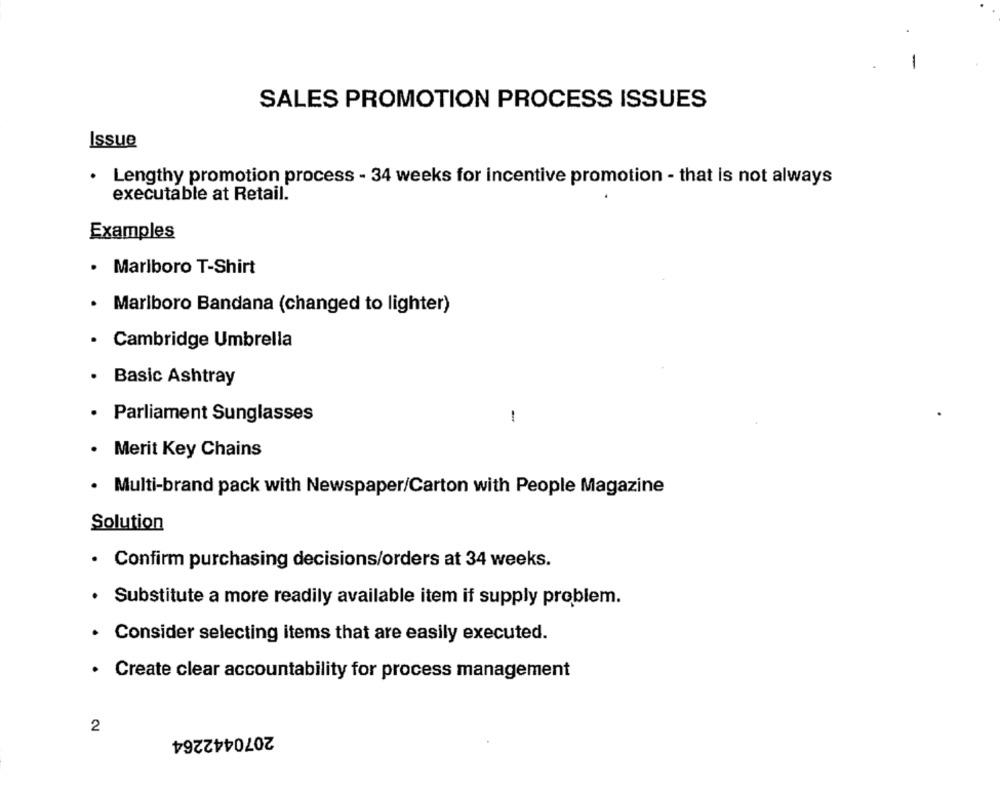
-
SALES PROMOTION PROCESS ISSUES
Issue
Lengthy promotion process - 34 weeks for incentive promotion - that is not always
executable at Retail.
Examples
Marlboro T-Shirt
Marlboro Bandana (changed to lighter)
Cambridge Umbrella
Basic Ashtray
· Parliament Sunglasses
1
Merit Key Chains
· Multi-brand pack with Newspaper/Carton with People Magazine
Solution
· Confirm purchasing decisions/orders at 34 weeks.
· Substitute a more readily available item if supply problem.
. Consider selecting items that are easily executed.
· Create clear accountability for process management
2
2070442264